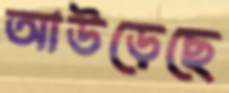
আউড়েছে